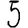
Digit: 5